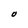
Character: O